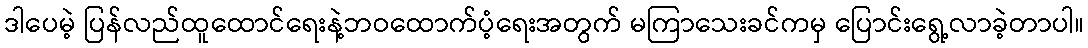
ဒါပေမဲ့ ပြန်လည်ထူထောင်ရေးနဲ့ဘဝထောက်ပံ့ရေးအတွက် မကြာသေးခင်ကမှ ပြောင်းရွေ့လာခဲ့တာပါ။